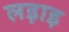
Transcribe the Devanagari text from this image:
लड़ाइ